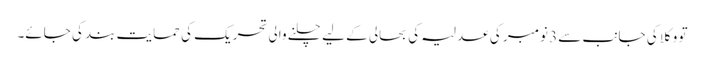
تو وکلا کی جانب سے3 نومبر کی عدلیہ کی بحالی کے لیے چلنے والی تحریک کی حمایت بند کی جائے۔